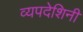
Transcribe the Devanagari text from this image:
व्यपदेशिनी